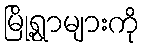
မြို့ရွာများကို